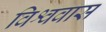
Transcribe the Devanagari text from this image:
विश्ववास